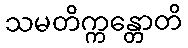
သမတိက္ကန္တောတိ